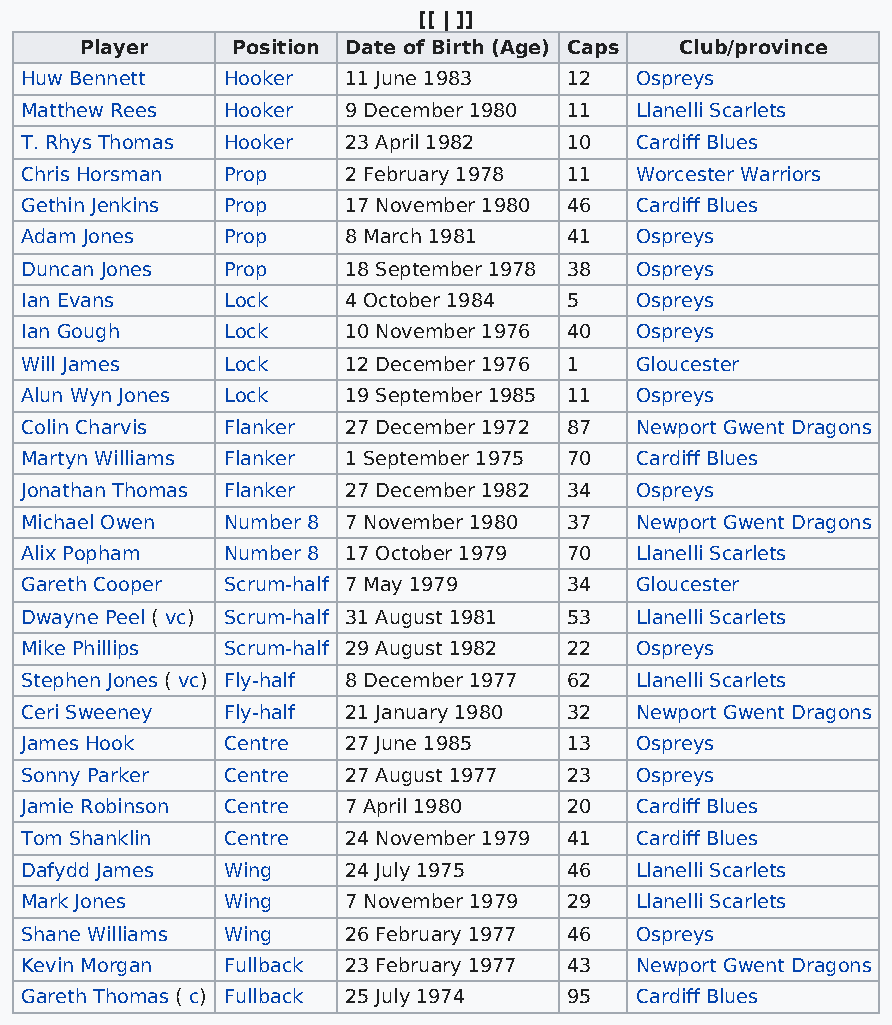
[[ | ]]
 Player    Position Date of Birth (Age) Caps Club/province
 Huw Bennett   Hooker  11 June 1983   12  Ospreys
 Matthew Rees  Hooker  9 December 1980 11 Llanelli Scarlets
 T. Rhys Thomas Hooker 23 April 1982  10  Cardiff Blues
 Chris Horsman Prop    2 February 1978 11 Worcester Warriors
 Gethin Jenkins Prop   17 November 1980 46 Cardiff Blues
 Adam Jones    Prop    8 March 1981   41  Ospreys
 Duncan Jones  Prop    18 September 1978 38 Ospreys
 Ian Evans     Lock    4 October 1984 5   Ospreys
 Ian Gough     Lock    10 November 1976 40 Ospreys
 Will James    Lock    12 December 1976 1 Gloucester
 Alun Wyn Jones Lock   19 September 1985 11 Ospreys
 Colin Charvis Flanker 27 December 1972 87 Newport Gwent Dragons
 Martyn Williams Flanker 1 September 1975 70 Cardiff Blues
 Jonathan Thomas Flanker 27 December 1982 34 Ospreys
 Michael Owen  Number 8 7 November 1980 37 Newport Gwent Dragons
 Alix Popham   Number 8 17 October 1979 70 Llanelli Scarlets
 Gareth Cooper Scrum-half 7 May 1979  34  Gloucester
 Dwayne Peel ( vc) Scrum-half 31 August 1981 53 Llanelli Scarlets
 Mike Phillips Scrum-half 29 August 1982 22 Ospreys
 Stephen Jones ( vc) Fly-half 8 December 1977 62 Llanelli Scarlets
 Ceri Sweeney  Fly-half 21 January 1980 32 Newport Gwent Dragons
 James Hook    Centre  27 June 1985   13  Ospreys
 Sonny Parker  Centre  27 August 1977 23  Ospreys
 Jamie Robinson Centre 7 April 1980   20  Cardiff Blues
 Tom Shanklin  Centre  24 November 1979 41 Cardiff Blues
 Dafydd James  Wing    24 July 1975   46  Llanelli Scarlets
 Mark Jones    Wing    7 November 1979 29 Llanelli Scarlets
 Shane Williams Wing   26 February 1977 46 Ospreys
 Kevin Morgan  Fullback 23 February 1977 43 Newport Gwent Dragons
 Gareth Thomas ( c) Fullback 25 July 1974 95 Cardiff Blues